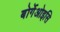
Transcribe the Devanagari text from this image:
बोर्गेओइसि